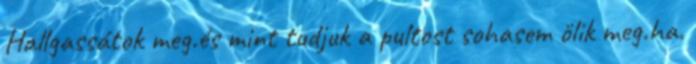
Hallgassátok meg.és mint tudjuk a pultost sohasem ölik meg.ha.